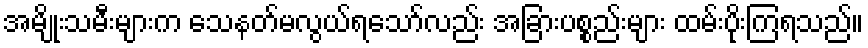
အမျိုးသမီးများက သေနတ်မလွယ်ရသော်လည်း အခြားပစ္စည်းများ ထမ်းပိုးကြရသည်။